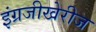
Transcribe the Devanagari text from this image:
इंग्रजीखेरीज